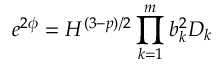
e ^ { 2 \phi } = H ^ { ( 3 - p ) / 2 } \prod _ { k = 1 } ^ { m } b _ { k } ^ { 2 } D _ { k }